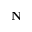
\mathbf N